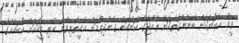
ވީމާ އެބަޔަކަށް ބޭނުންގޮތަކަށް ރާއްޖޭގެ ކަންކަން ގެންދިއުމަށް އެހީތެރިވާން ހުރި މީހަކަށް އެބައެއްގެ